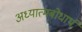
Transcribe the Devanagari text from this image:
अध्यात्मबोधार्थ